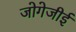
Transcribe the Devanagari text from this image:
जोगेजीई